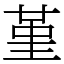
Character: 堇